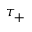
\tau _ { + }